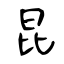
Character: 昆